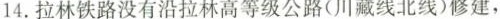
14.拉林铁路没有沿拉林高等级公路(川藏线北线)修建，